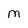
Character: M